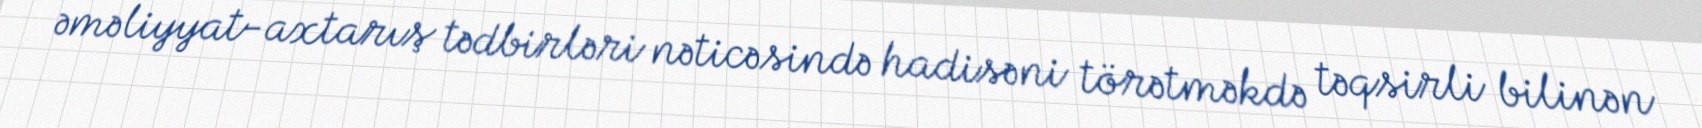
əməliyyat-axtarış tədbirləri nəticəsində hadisəni törətməkdə təqsirli bilinən